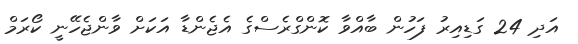
އަދި 24 ގަޑިއިރު ފަހުން ބާއްވާ ކޮންގްރެސްގެ އެޖެންޑާ އަކަށް ވާންޖެހޭނީ ކޯރަމް